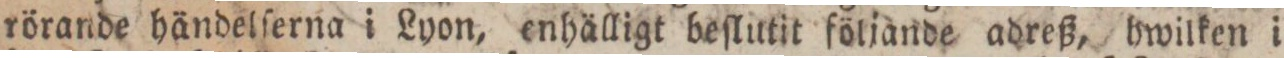
rörande händelſerna i Lyon, enhälligt beſlutit följande adreß, hwilken i